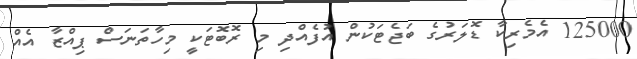
125000 އެމެރިކާ ޑޮލަރުގެ ބަޖެޓަކުން އުފެއްދި މި ރޮބޮޓަކީ މިހާތަނަސް ޕިއްޒާ އެއް